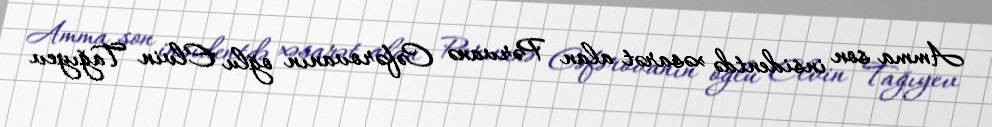
Amma son insidentdə xəsarət alan Pərvanə Cəfərovanın oğlu Elvin Tağıyev